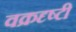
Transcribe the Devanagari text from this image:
वक्रदृष्टी